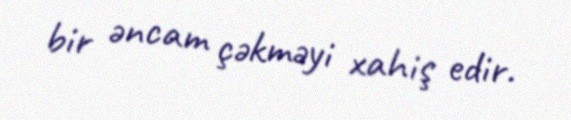
bir əncam çəkməyi xahiş edir.